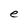
Character: e